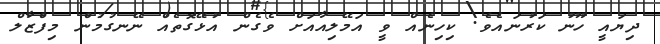
ދިޔައީ ހޫނު ކަރުނައެވެ. ކިހިނެއް ވީ އަމޭލިއާއަށް ވެގެން އުޅޭގޮތެއް ނޭނގުމުން މިފްޒާލް